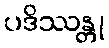
ပဒိဿန္တု